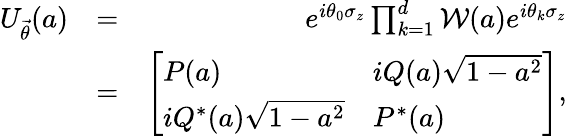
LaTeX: \begin{array}{rlr}{U_{\vec{\theta}}(a)}&{=}&{e^{i\theta_{0}\sigma_{z}}\prod_{k=1}^{d}\mathcal{W}(a)e^{i\theta_{k}\sigma_{z}}}\\ &{=}&{\left[\begin{array}{ll}{P(a)}&{iQ(a)\sqrt{1-a^{2}}}\\ {iQ^{*}(a)\sqrt{1-a^{2}}}&{P^{*}(a)}\end{array}\right],}\end{array}